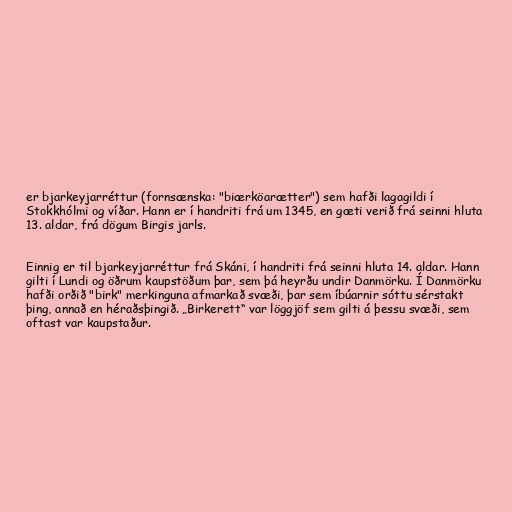
er bjarkeyjarréttur (fornsænska: "biærköarætter") sem hafði lagagildi í
Stokkhólmi og víðar. Hann er í handriti frá um 1345, en gæti verið frá seinni hluta
13. aldar, frá dögum Birgis jarls.

Einnig er til bjarkeyjarréttur frá Skáni, í handriti frá seinni hluta 14. aldar. Hann
gilti í Lundi og öðrum kaupstöðum þar, sem þá heyrðu undir Danmörku. Í Danmörku
hafði orðið "birk" merkinguna afmarkað svæði, þar sem íbúarnir sóttu sérstakt
þing, annað en héraðsþingið. „Birkerett“ var löggjöf sem gilti á þessu svæði, sem
oftast var kaupstaður.